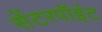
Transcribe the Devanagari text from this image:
सेंटरपॉइंट